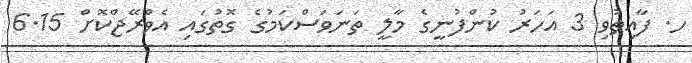
ހ. ފާއިތުވި 3 އަހަރު ކުންފުނީގެ މާލީ ތަނަވަސްކަމުގެ ގޮތުގައި އެވްރޭޖްކޮށް 6.15